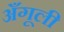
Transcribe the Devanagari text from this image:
अँगूली